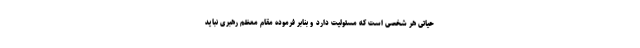
حیاتی هر شخصی است که مسئولیت دارد و بنابر فرموده مقام معظم رهبری نباید